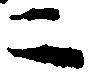
二